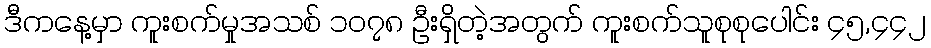
ဒီကနေ့မှာ ကူးစက်မှုအသစ် ၁၀၇၈ ဦးရှိတဲ့အတွက် ကူးစက်သူစုစုပေါင်း ၄၅,၄၄၂